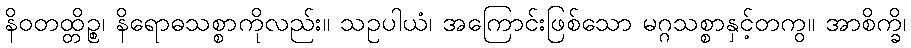
နိဝတထ္တိဉ္စ၊ နိရောဓသစ္စာကိုလည်း။ သဥပါယံ၊ အကြောင်းဖြစ်သော မဂ္ဂသစ္စာနှင့်တကွ။ အာစိက္ခိ၊